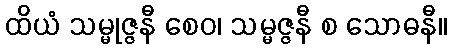
ထိယံ သမ္မုဇ္ဇနီ စေဝ၊ သမ္မဇ္ဇနီ စ သောဓနီ။